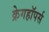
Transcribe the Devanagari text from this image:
क्रेगहॉपर्स